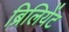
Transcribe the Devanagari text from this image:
ब्रिलियेंट